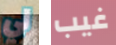
لي غيب